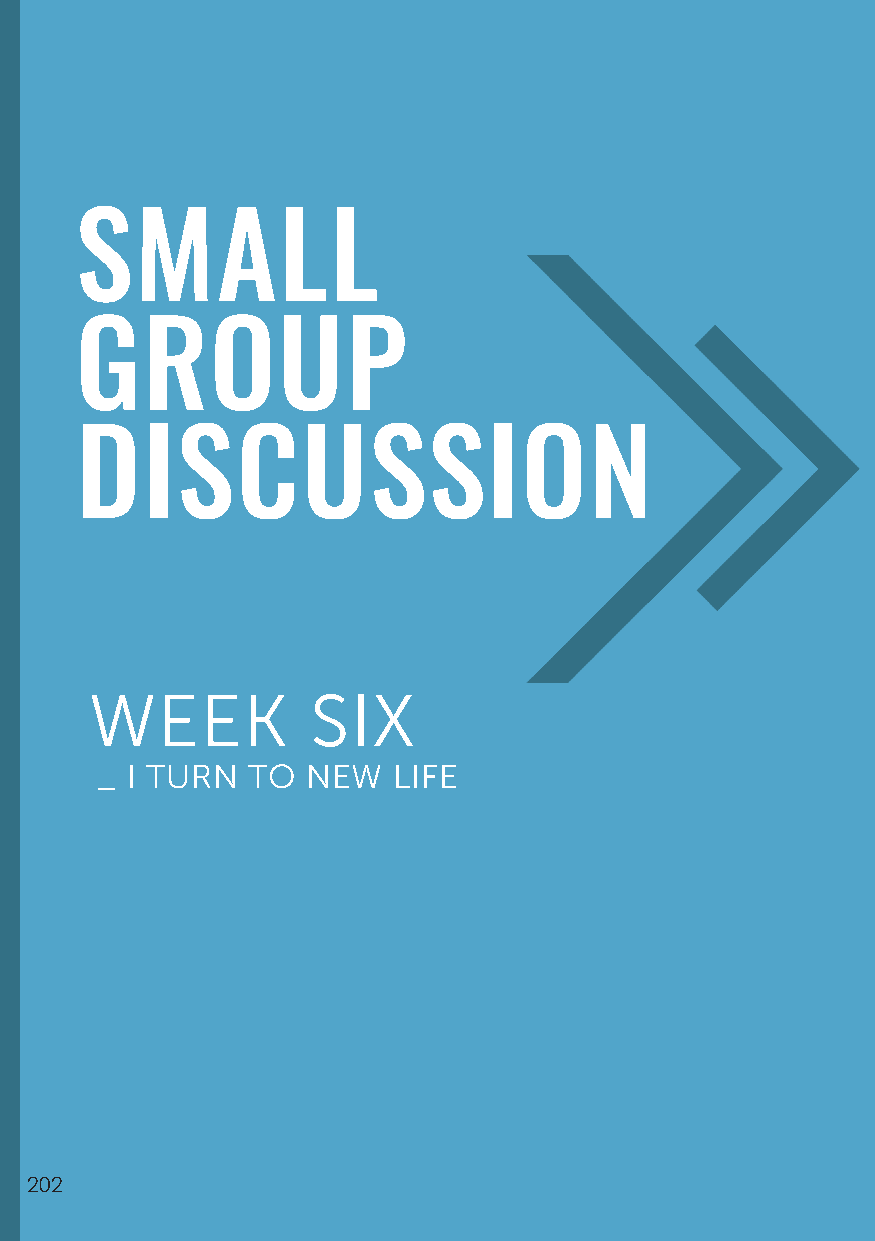
SMALL
 GROUP
 DISCUSSION
 WEEK           SIX
 _ I TURN  TO  NEW   LIFE
 202